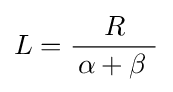
L={\frac {R}{\,\alpha +\beta ~}}